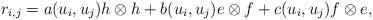
LaTeX: \begin{gather*}r_{i,j}=a(u_i,u_j) h \otimes h +b(u_i,u_j) e \otimes f+c(u_i,u_j) f \otimes e,\end{gather*}